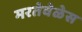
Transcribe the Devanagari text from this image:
मरतेवेळेस